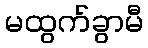
မထွက်ခွာမီ